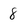
Character: 8